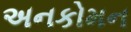
અનકોમન